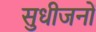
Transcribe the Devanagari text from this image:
सुधीजनों